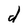
Character: d